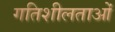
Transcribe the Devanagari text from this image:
गतिशीलताओं